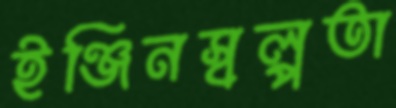
ইঞ্জিনস্বল্পতা